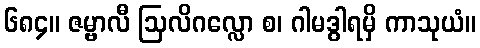
၆၈၄။ ဇမ္ဗာလီ ဩလိဂလ္လော စ၊ ဂါမဒွါရမှိ ကာသုယံ။